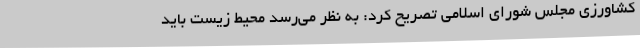
کشاورزی مجلس شورای اسلامی تصریح کرد: به نظر می‌رسد محیط زیست باید